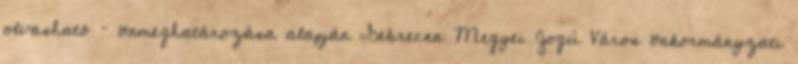
olvasható – önmeghatározása alapján „Debrecen Megyei Jogú Város önkormányzati